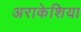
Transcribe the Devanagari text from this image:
अराकेशिया